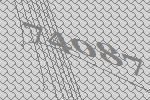
74087